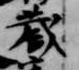
蔵